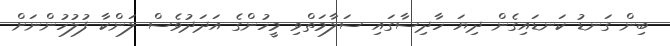
ބިން ގަނޑު ކަނޑައިގެން ދިޔަ ހާދިސާގައި ސަލާމަތްވި މީހުންގެ އަދަދުވެސް ލަންކާ ފުލުހުންނަށް